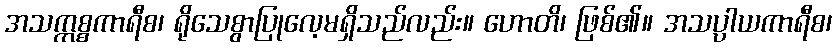
အသက္ကစ္စကာရီစ၊ ရိုသေစွာပြုလေ့မရှိသည်လည်း။ ဟောတိ၊ ဖြစ်၏။ အသပ္ပါယကာရီစ၊